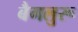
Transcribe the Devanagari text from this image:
बैगलुरू